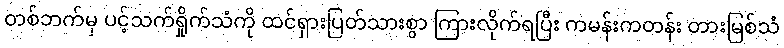
တစ်ဘက်မှ ပင့်သက်ရှိုက်သံကို ထင်ရှားပြတ်သားစွာ ကြားလိုက်ရပြီး ကမန်းကတန်း တားမြစ်သံ